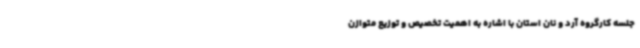
جلسه کارگروه آرد و نان استان با اشاره به اهمیت تخصیص و توزیع متوازن